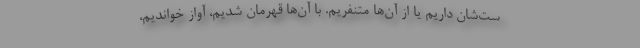
ست‌شان داریم یا از آن‌ها متنفریم. با آن‌ها قهرمان شدیم، آواز خواندیم،